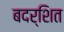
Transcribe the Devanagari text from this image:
बदर्शित